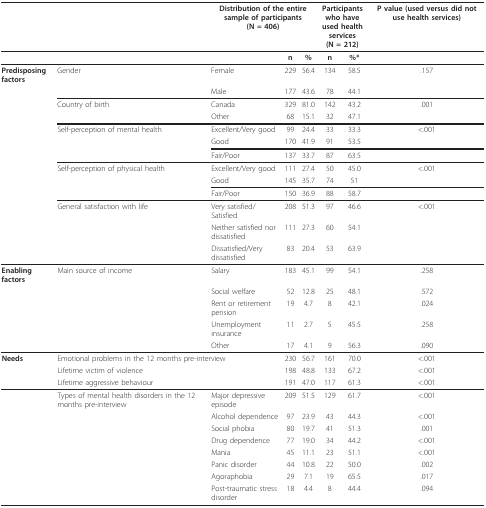
<table><thead><tr><td></td><td></td><td colspan="3"><b>Distribution of the entire sample of participants (N = 406)</b></td><td colspan="2"><b>Participants who have used health services (N = 212)</b></td><td><b>P value (used versus did not use health services)</b></td></tr></thead><tbody><tr><td></td><td></td><td></td><td><b>n</b></td><td><b>%</b></td><td><b>n</b></td><td><b>%*</b></td><td></td></tr><tr><td><b>Predisposing factors</b></td><td>Gender</td><td>Female</td><td>229</td><td>56.4</td><td>134</td><td>58.5</td><td>.157</td></tr><tr><td></td><td></td><td>Male</td><td>177</td><td>43.6</td><td>78</td><td>44.1</td><td></td></tr><tr><td></td><td>Country of birth</td><td>Canada</td><td>329</td><td>81.0</td><td>142</td><td>43.2</td><td>.001</td></tr><tr><td></td><td></td><td>Other</td><td>68</td><td>15.1</td><td>32</td><td>47.1</td><td></td></tr><tr><td></td><td>Self-perception of mental health</td><td>Excellent/Very good</td><td>99</td><td>24.4</td><td>33</td><td>33.3</td><td>&lt;.001</td></tr><tr><td></td><td></td><td>Good</td><td>170</td><td>41.9</td><td>91</td><td>53.5</td><td></td></tr><tr><td></td><td></td><td>Fair/Poor</td><td>137</td><td>33.7</td><td>87</td><td>63.5</td><td></td></tr><tr><td></td><td>Self-perception of physical health</td><td>Excellent/Very good</td><td>111</td><td>27.4</td><td>50</td><td>45.0</td><td>&lt;.001</td></tr><tr><td></td><td></td><td>Good</td><td>145</td><td>35.7</td><td>74</td><td>51</td><td></td></tr><tr><td></td><td></td><td>Fair/Poor</td><td>150</td><td>36.9</td><td>88</td><td>58.7</td><td></td></tr><tr><td></td><td>General satisfaction with life</td><td>Very satisfied/Satisfied</td><td>208</td><td>51.3</td><td>97</td><td>46.6</td><td>&lt;.001</td></tr><tr><td></td><td></td><td>Neither satisfied nor dissatisfied</td><td>111</td><td>27.3</td><td>60</td><td>54.1</td><td></td></tr><tr><td></td><td></td><td>Dissatisfied/Very dissatisfied</td><td>83</td><td>20.4</td><td>53</td><td>63.9</td><td></td></tr><tr><td><b>Enabling factors</b></td><td>Main source of income</td><td>Salary</td><td>183</td><td>45.1</td><td>99</td><td>54.1</td><td>.258</td></tr><tr><td></td><td></td><td>Social welfare</td><td>52</td><td>12.8</td><td>25</td><td>48.1</td><td>.572</td></tr><tr><td></td><td></td><td>Rent or retirement pension</td><td>19</td><td>4.7</td><td>8</td><td>42.1</td><td>.024</td></tr><tr><td></td><td></td><td>Unemployment insurance</td><td>11</td><td>2.7</td><td>5</td><td>45.5</td><td>.258</td></tr><tr><td></td><td></td><td>Other</td><td>17</td><td>4.1</td><td>9</td><td>56.3</td><td>.090</td></tr><tr><td><b>Needs</b></td><td colspan="2">Emotional problems in the 12 months pre-interview</td><td>230</td><td>56.7</td><td>161</td><td>70.0</td><td>&lt;.001</td></tr><tr><td></td><td colspan="2">Lifetime victim of violence</td><td>198</td><td>48.8</td><td>133</td><td>67.2</td><td>&lt;.001</td></tr><tr><td></td><td colspan="2">Lifetime aggressive behaviour</td><td>191</td><td>47.0</td><td>117</td><td>61.3</td><td>&lt;.001</td></tr><tr><td></td><td>Types of mental health disorders in the 12 months pre-interview</td><td>Major depressive episode</td><td>209</td><td>51.5</td><td>129</td><td>61.7</td><td>&lt;.001</td></tr><tr><td></td><td></td><td>Alcohol dependence</td><td>97</td><td>23.9</td><td>43</td><td>44.3</td><td>&lt;.001</td></tr><tr><td></td><td></td><td>Social phobia</td><td>80</td><td>19.7</td><td>41</td><td>51.3</td><td>.001</td></tr><tr><td></td><td></td><td>Drug dependence</td><td>77</td><td>19.0</td><td>34</td><td>44.2</td><td>&lt;.001</td></tr><tr><td></td><td></td><td>Mania</td><td>45</td><td>11.1</td><td>23</td><td>51.1</td><td>&lt;.001</td></tr><tr><td></td><td></td><td>Panic disorder</td><td>44</td><td>10.8</td><td>22</td><td>50.0</td><td>.002</td></tr><tr><td></td><td></td><td>Agoraphobia</td><td>29</td><td>7.1</td><td>19</td><td>65.5</td><td>.017</td></tr><tr><td></td><td></td><td>Post-traumatic stress disorder</td><td>18</td><td>4.4</td><td>8</td><td>44.4</td><td>.094</td></tr></tbody></table>